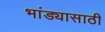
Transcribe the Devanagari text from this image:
भांड्यासाठी